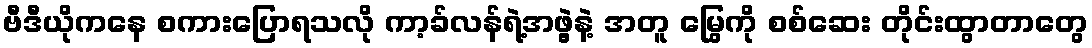
ဗီဒီယိုကနေ စကားပြောရသလို ကာ့ခ်လန်ရဲ့အဖွဲ့နဲ့ အတူ မြွေကို စစ်ဆေး တိုင်းထွာတာတွေ